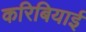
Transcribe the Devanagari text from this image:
करिबियाई